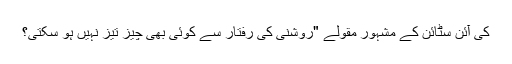
کی آئن سٹائن کے مشہور مقولے "روشنی کی رفتار سے کوئی بھی چیز تیز نہیں ہو سکتی؟